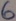
Text: 6